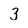
Character: 3